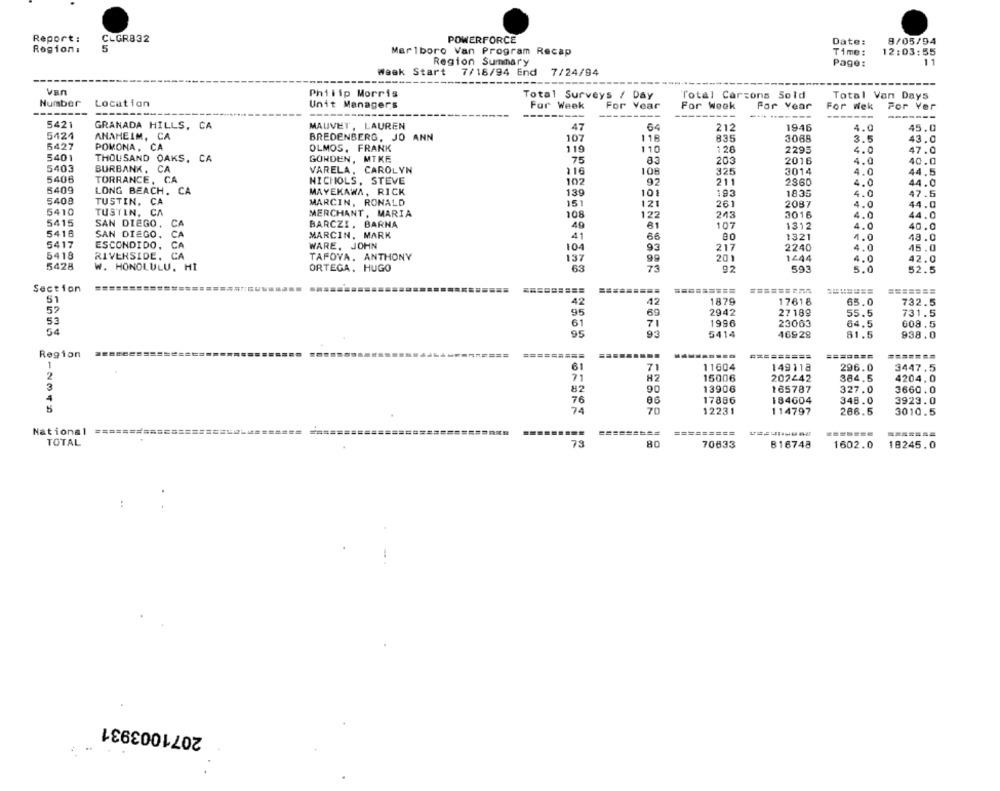
Report:
CLGR832
POWERFORCE
Date:
9/05/94
5
Region:
Marlboro Van Program Recap
Time:
12:03:55
Region Summary
Page:
11
Week Start
7/18/94 End 7/24/94
---
van
Philip Morris
Total Surveys / Day
Total Carcons Sold
Total Van Days
Number
Location
Unit Managers
Far Week
For Year
For Week
For Year
For wek
For Ver
-----
--- -------
---
-------
5421
GRANADA HILLS, CA
MALIVET, LAUREN
47
64
212
1946
4.0
45.0
5424
ANAHEIM, CA
BREDENBERG, JO ANN
107
118
835
3068
3.5
43.0
5427
POMONA, CA
OLMOS, FRANK
119
110
126
2295
4.0
47.0
5401
THOUSAND OAKS. CA
GONDEN, MTKE
75
203
2016
4.0
40.0
5403
BURBANK, CA
VARELA, CAROLYN
116
108
325
3014
4.0
44.5
5406
TORRANCE, CA
NICHOLS, STEVE
102
92
211
2860
4.0
44.0
6409
LONG BEACH. CA
MAYEKAWA, RICK
139
101
193
1835
4.0
47.5
5400
TUSTIN. CA
MARCIN, RONALD
151
121
261
2087
4.0
44.0
5410
TUSTIN, CA
MERCHANT, MARIA
108
122
243
3016
4.0
44.0
5415
SAN DIEGO.
CA
BARCZI, BARNA
49
81
107
1312
4.0
40.0
5416
SAN DIEGO,
CA
MARCIN, MARK
41
80
1321
4.0
48.0
5417
ESCONDIDO,
CA
WARE. JOHN
2240
104
93
217
4.0
45.0
5418
RIVERSIDE, CA
TAFOVA, ANTHONY
137
99
201
1444
4.0
42.0
5428
W. HONOLULU, HI
ORTEGA. HUGO
63
73
92
593
5.0
52.5
Section
=========
=======
51
42
1879
17618
65.0
732.5
52
42
95
69
2942
27189
55.5
731.5
53
1996
23063
64.5
608.5
61
95
5414
46928
81.5
938.0
Region
=========
=========
=======
=======
1
61
71
11604
149118
296.0
3447.5
2
71
H2
15006
202442
384.5
4204.0
3
90
13906
165787
327.0
3660.0
82
76
86
17886
184604
348.0
3923.0
74
70
12231
114797
286.5
3010.5
National
=====
=====
=========
=======
======
TOTAL
73
80
70633
1602.0
816748
18245.0
:
2071003931